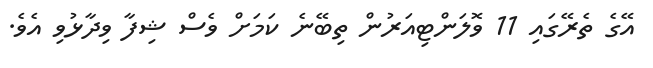
އޭގެ ތެރޭގައި 11 ވޮލަންޓިއަރުން ތިބޭނެ ކަމަށް ވެސް ޝިފާ ވިދާޅުވި އެވެ.